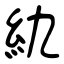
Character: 䊵